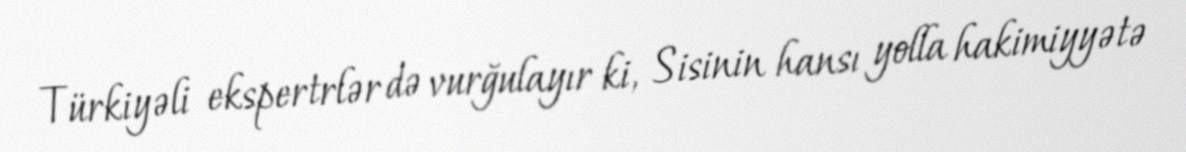
Türkiyəli ekspertrlər də vurğulayır ki, Sisinin hansı yolla hakimiyyətə